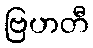
ဗြဟတီ